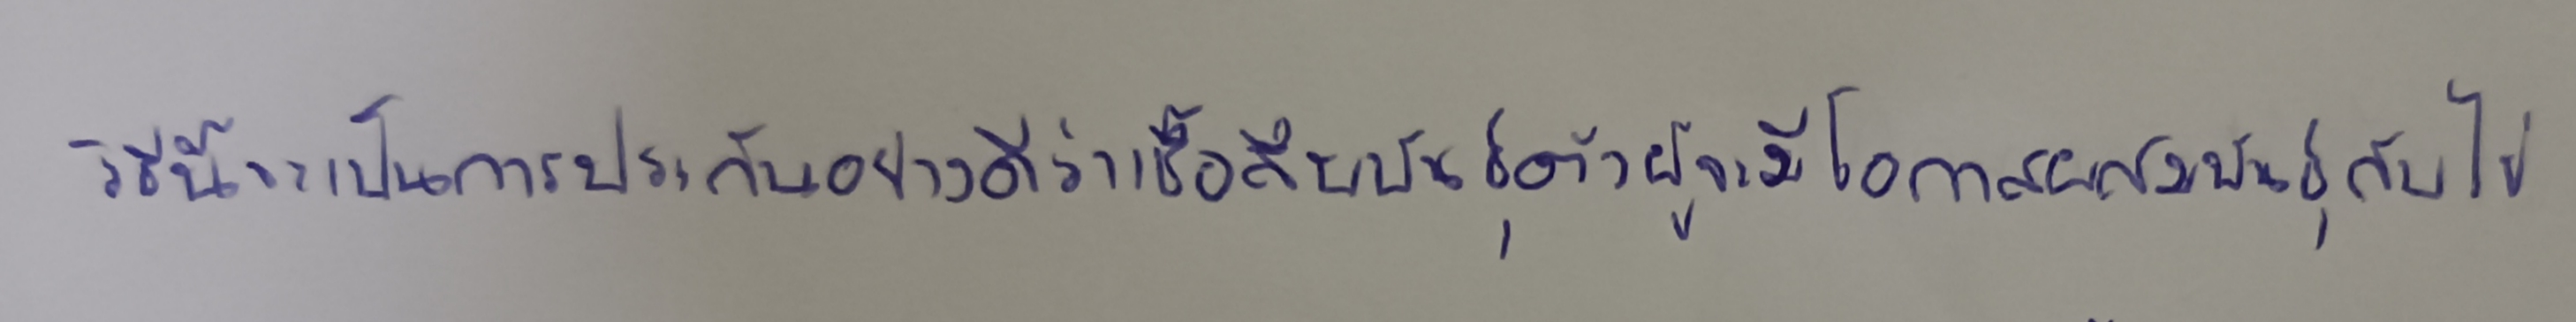
วิธีนี้จะเป็นการประกันอย่างดีว่าเชื้อสืบพันธุ์ตัวผู้จะมีโอกาสผสมพันธุ์กับไข่